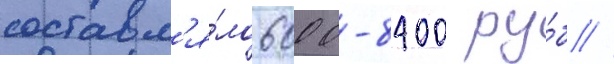
составл'я́ло 6000-8400 ру́б //